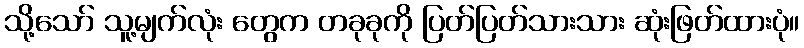
သို့သော် သူ့မျက်လုံး တွေက တခုခုကို ပြတ်ပြတ်သားသား ဆုံးဖြတ်ထားပုံ။